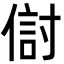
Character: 傠